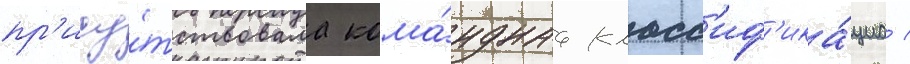
пр'ису́тствовала кома́нднаа класс'иф'ика́циа /